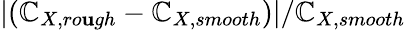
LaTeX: |(\mathbb{C}_{X,ro\mathbf{u}gh}-\mathbb{C}_{X,smooth})|/\mathbb{C}_{X,smooth}